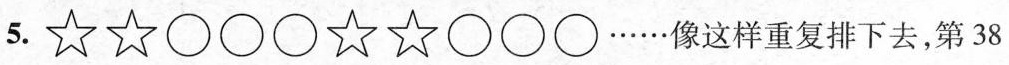
5.☆☆○○○☆☆○○○······像这样重复排下去，第38